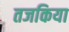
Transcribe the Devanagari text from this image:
तजकिया